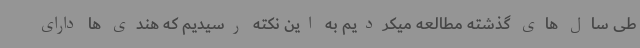
طی سال های گذشته مطالعه میکردیم به این نکته رسیدیم که هندی ها دارای